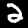
Digit: 2